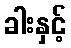
ခါးနှင့်